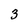
Character: 3